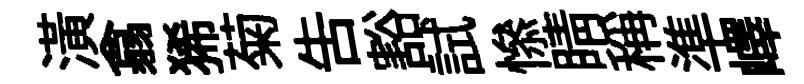
潢翕狶菊吿豁試𢡖睛稱準嶧